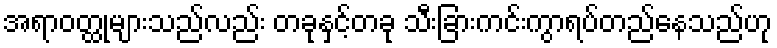
အရာဝတ္ထုများသည်လည်း တခုနှင့်တခု သီးခြားကင်းကွာရပ်တည်နေသည်ဟု